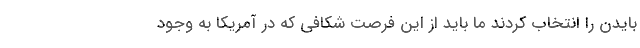
بایدن را انتخاب کردند ما باید از این فرصت شکافی که در آمریکا به وجود